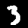
Digit: 3